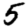
Digit: 5